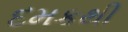
દમકથી